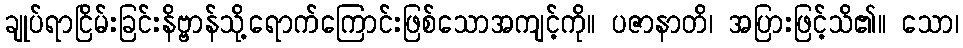
ချုပ်ရာငြိမ်းခြင်းနိဗ္ဗာန်သို့ရောက်ကြောင်းဖြစ်သောအကျင့်ကို။ ပဇာနာတိ၊ အပြားဖြင့်သိ၏။ သော၊